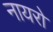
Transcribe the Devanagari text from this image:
नायरो